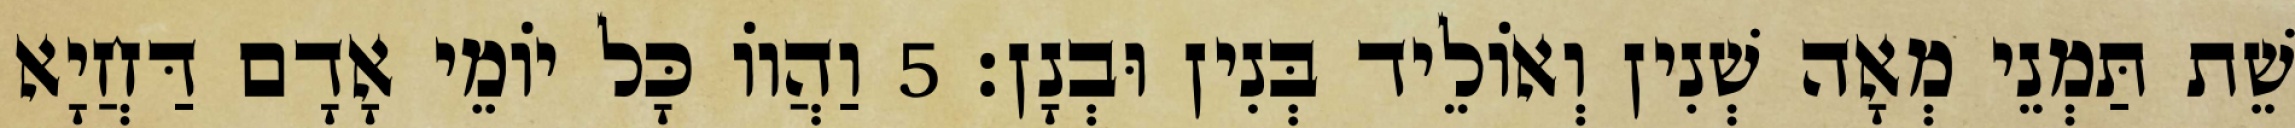
שֵׁת תַּמְנֵי מְאָה שְׁנִין וְאוֹלֵיד בְּנִין וּבְנָן׃ 5 וַהֲווֹ כָּל יוֹמֵי אָדָם דַּחֲיָא